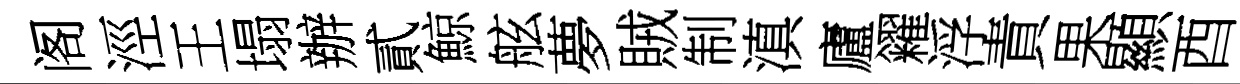
阁涇王塌辦貳鯨舷夢賊制滇廬糴浮責果顯酉